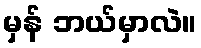
မှန် ဘယ်မှာလဲ။